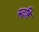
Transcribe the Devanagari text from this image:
रुद्रहि